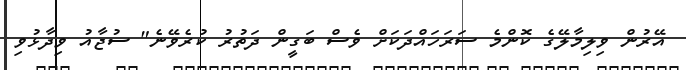
އޭރުން ވިލިމާލޭގެ ކޮންމެ ސަރަހައްދަކަށް ވެސް ބަގީން ދަތުރު ކުރެވޭނެ" ސުޖާއު ވިދާޅުވި